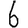
Digit: 6